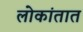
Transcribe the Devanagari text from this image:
लोकांतात